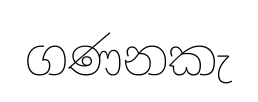
ගණනකැ